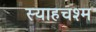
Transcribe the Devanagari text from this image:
स्याहचश्म